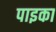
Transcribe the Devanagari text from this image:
पाइका